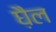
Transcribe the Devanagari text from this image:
घ़ैल